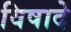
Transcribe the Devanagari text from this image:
विषादे